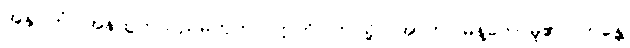
အနုဂ္ဂတံ၊ အန်ထွက်သည်မဟုတ်။ ဣတိ၊ ဤသို့။ အာဟ၊ မိန့်တော်မူ၏။ ဘန္တေ